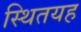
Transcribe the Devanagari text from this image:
स्थितयह